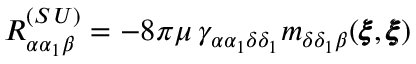
R _ { \alpha \alpha _ { 1 } \beta } ^ { ( S \, U ) } = - 8 \pi \mu \, \gamma _ { \alpha \alpha _ { 1 } \delta \delta _ { 1 } } m _ { \delta \delta _ { 1 } \beta } ( { \pmb \xi } , { \pmb \xi } )